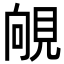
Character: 䚁